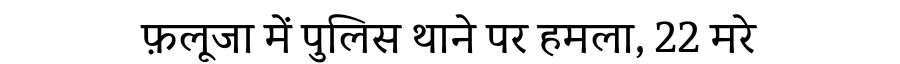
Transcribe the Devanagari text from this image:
फ़लूजा में पुलिस थाने पर हमला, 22 मरे